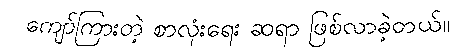
ကျော်ကြားတဲ့ စာလုံးရေး ဆရာ ဖြစ်လာခဲ့တယ်။